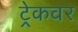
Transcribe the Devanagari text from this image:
ट्रेकवर